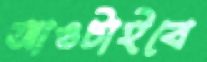
আওটাইবে